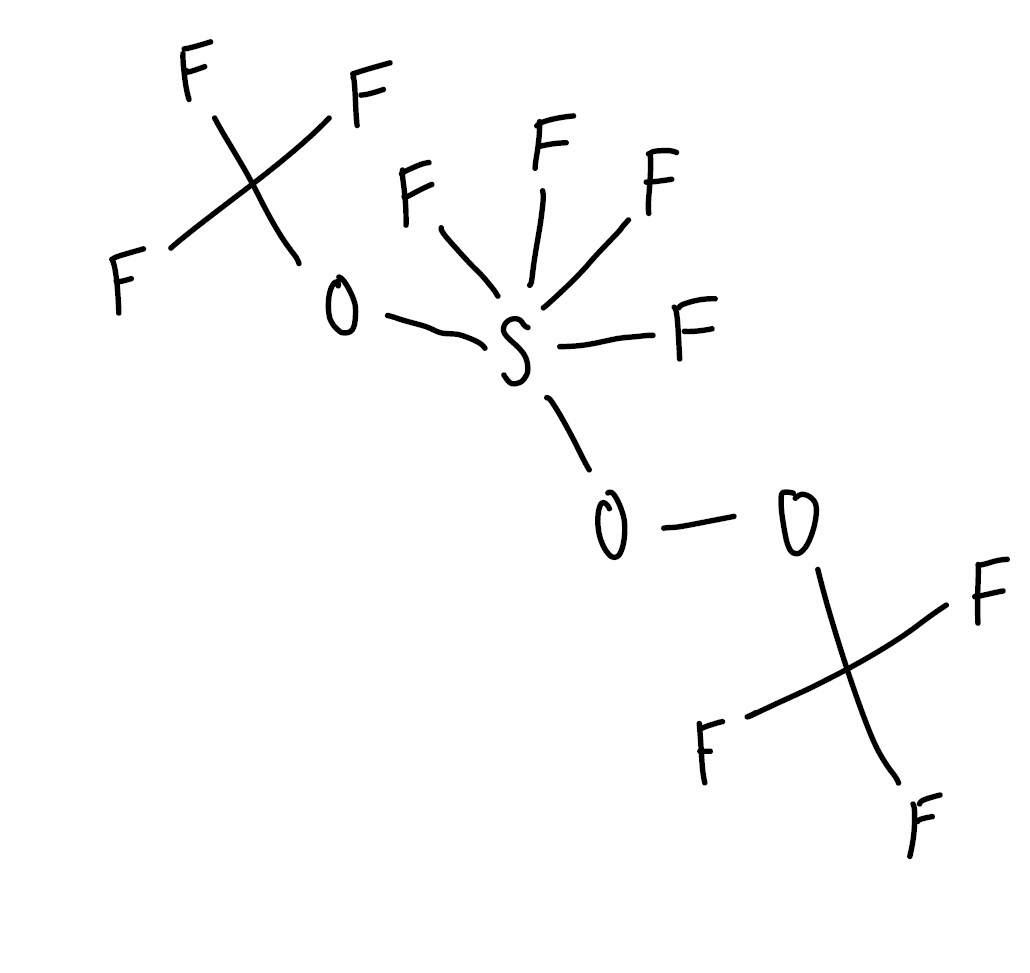
Simplified molecular-input line-entry system (SMILES) notation of the given molecule:
C(OOS(OC(F)(F)F)(F)(F)(F)F)(F)(F)F